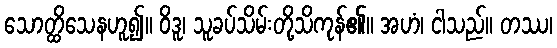
သောတ္ထိသေနဟူ၍။ ဝိဒူ၊ သူခပ်သိမ်းတို့သိကုန်၏။ အဟံ၊ ငါသည်။ တဿ၊